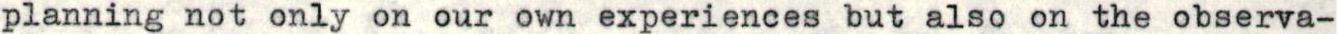
planning not only on our own experiences but also on the observa-